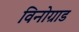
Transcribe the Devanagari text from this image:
विनोग्राड